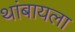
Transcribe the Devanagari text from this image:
थांबायला